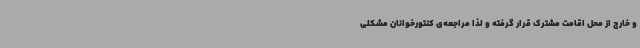
و خارج از محل اقامت مشترک قرار گرفته و لذا مراجعه‌ی کنتورخوانان مشکلی